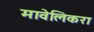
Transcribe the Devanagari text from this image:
मावेलिकरा